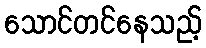
သောင်တင်နေသည့်